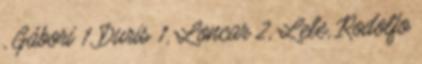
, Gábori 1, Duris 1, Loncar 2, Lele, Rodolfo